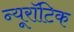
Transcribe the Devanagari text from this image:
न्यूरॉटिक